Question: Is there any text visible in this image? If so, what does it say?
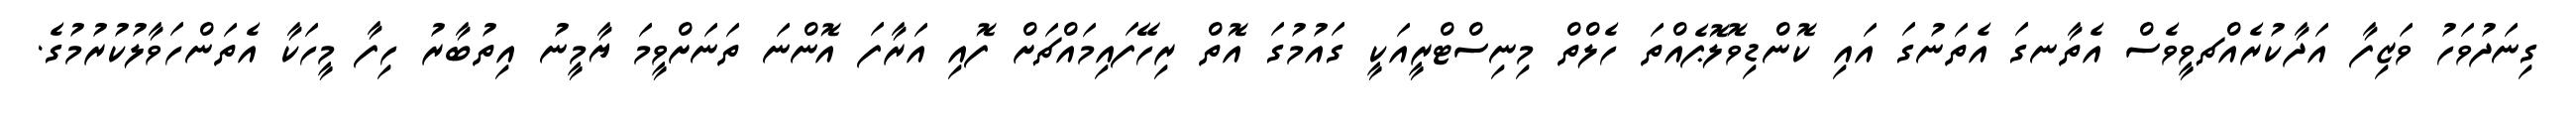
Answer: ގިނަދުވަހު ވަޒިފާ އަދާކުރެއްޗވީވެސް އެތާނގަ އެތަނުގަ އައި ކޮންޑިވޮލޮޕެއްތަ ހެލްތް މިނިސްޓްރީއަކީ ގައުމުގަ އޮތް ރިހޭފައިމައްޗަށް ފޮއި އަރާފަ އޮންނަ ތަނަށްވީމަ ޔާމީނު އިތުބާރު ހިފާ މީހަކާ އެތަންހަވާލުކުރުމުގެ.